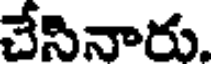
చేసినారు.